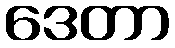
ဒေတာ